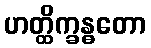
ဟတ္ထိက္ခန္ဓတော